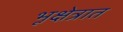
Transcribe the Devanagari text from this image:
भूक्षेत्रात